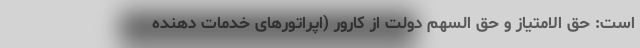
است: حق الامتیاز و حق السهم دولت از کارور (اپراتورهای خدمات دهنده